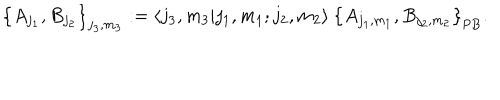
\big \{ A _ { j _ { 1 } } , B _ { j _ { 2 } } \big \} _ { j _ { 3 } , m _ { 3 } } : = \langle j _ { 3 } , m _ { 3 } | j _ { 1 } , m _ { 1 } ; j _ { 2 } , m _ { 2 } \rangle \: \big \{ A _ { j _ { 1 } , m _ { 1 } } , B _ { j _ { 2 } , m _ { 2 } } \big \} _ { \mathrm { P B } } .